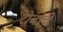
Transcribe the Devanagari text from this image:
रोबोचे